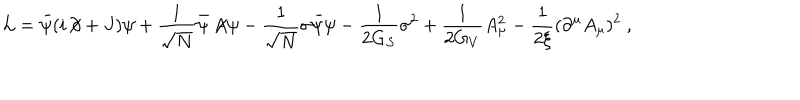
LaTeX: { \cal L } = \bar { \psi } ( i \! \not { \! \partial } + J ) \psi + \frac { 1 } { \sqrt { N } } \bar { \psi } \not { \! \! A } \psi - \frac { 1 } { \sqrt { N } } \sigma \bar { \psi } \psi - \frac { 1 } { 2 G _ { S } } \sigma ^ { 2 } + \frac { 1 } { 2 G _ { V } } A _ { \mu } ^ { 2 } - \frac { 1 } { 2 \xi } ( \partial ^ { \mu } A _ { \mu } ) ^ { 2 } \ ,